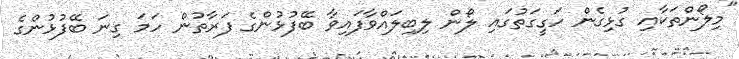
"މިލޯންތަކާއި ގުޅިގެން ހަގީގަތުގައި ލޯން ލިބިލައްވާފައިވާ ބޭފުޅުންގެ ފަރާތުން ހަމަ ގިނަ ބޭފުޅުންގެ